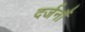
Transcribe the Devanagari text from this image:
दर्जनौं